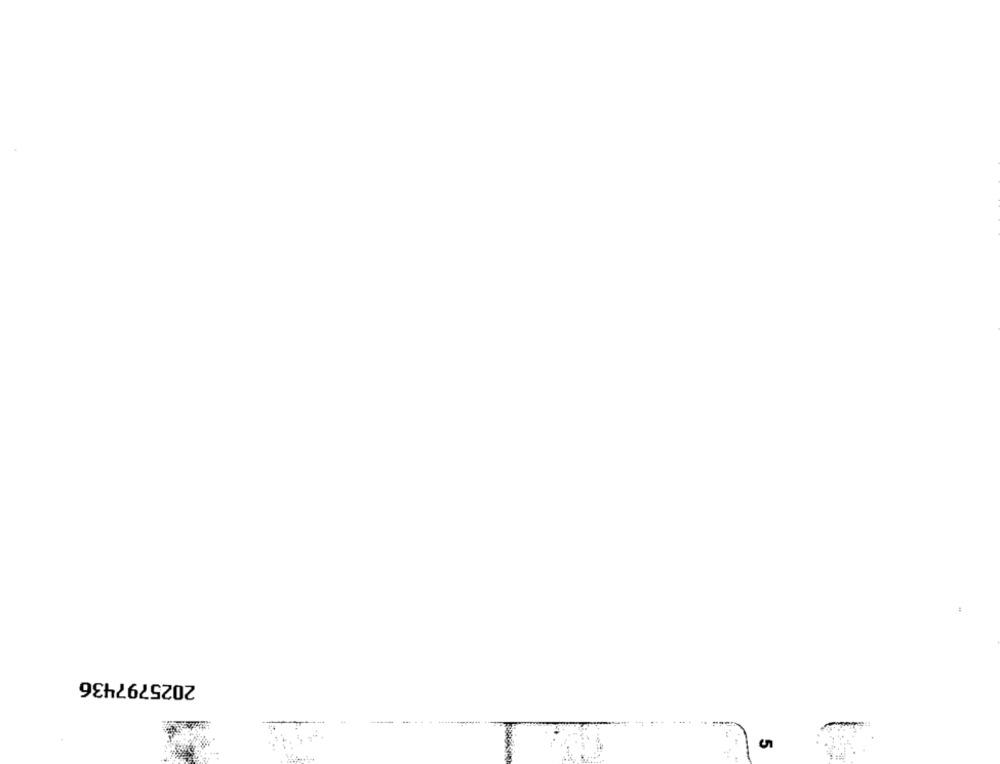
2025797436